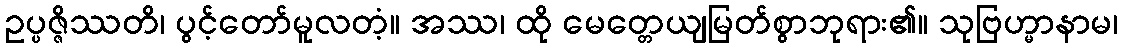
ဥပ္ပဇ္ဇိဿတိ၊ ပွင့်တော်မူလတံ့။ အဿ၊ ထို မေတ္တေယျမြတ်စွာဘုရား၏။ သုဗြဟ္မာနာမ၊